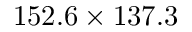
1 5 2 . 6 \times 1 3 7 . 3